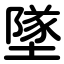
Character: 墜